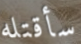
سأقتله